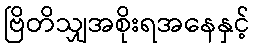
ဗြိတိသျှအစိုးရအနေနှင့်